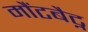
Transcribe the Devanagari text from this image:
मौंटबैट्न